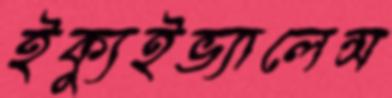
ইক্যুইভ্যালেন্স